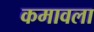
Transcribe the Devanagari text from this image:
कमावला